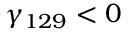
\gamma _ { 1 2 9 } < 0